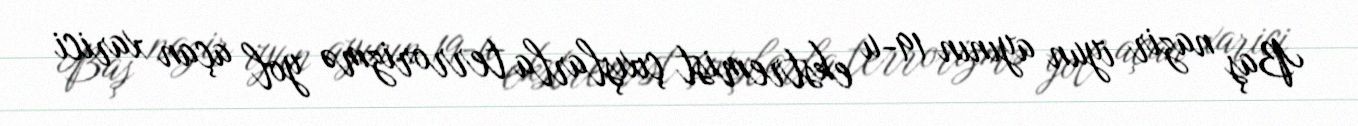
Baş nazir iyun ayının 19-u ekstremist çıxışlarla terrorizmə yol açan xarici